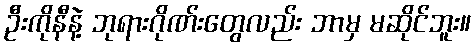
ဦးကိုနီနဲ့ ဘုရားဂိုဏ်းတွေလည်း ဘာမှ မဆိုင်ဘူး။